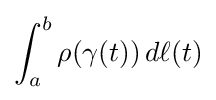
\int _{a}^{b}\rho (\gamma (t))\,d\ell (t)